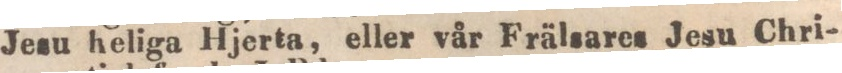
Jesu heliga Hjerta, eller vår Frälsares Jesu Chri-